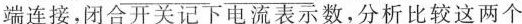
端连接，分析比较这两个